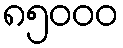
၈၅၀၀၀